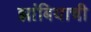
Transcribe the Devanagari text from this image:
झांबियाची